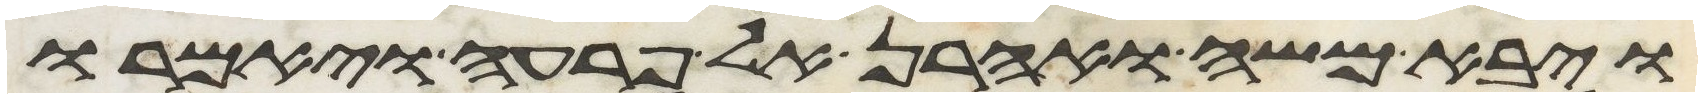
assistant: ויבא משה ואהרן אל פרעה ויאמרו